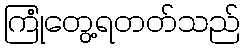
ကြုံတွေ့ရတတ်သည်